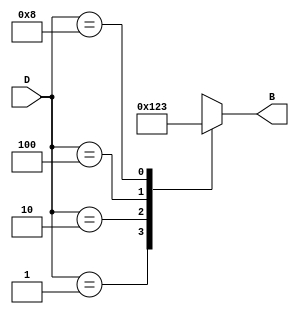
module DecimalToBinaryEncoder (
    input [3:0] D,   // 4-bit input representing decimal (one-hot encoded)
    output reg [3:0] B // 4-bit binary output
);

// Combinational logic for encoding
always @(*) begin
    case (D)
        4'b0001: B = 4'b0000; // D = 0
        4'b0010: B = 4'b0001; // D = 1
        4'b0100: B = 4'b0010; // D = 2
        4'b1000: B = 4'b0011; // D = 3
        4'b0001: B = 4'b0100; // D = 4
        4'b0010: B = 4'b0101; // D = 5
        4'b0100: B = 4'b0110; // D = 6
        4'b1000: B = 4'b0111; // D = 7
        4'b0001: B = 4'b1000; // D = 8
        4'b0010: B = 4'b1001; // D = 9
        default: B = 4'bxxxx; // Handle invalid input (more than one high)
    endcase
end

endmodule